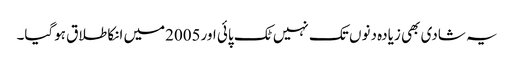
یہ شادی بھی زیادہ دنوں تک نہیں ٹک پائی اور2005میں انکا طلاق ہوگیا۔